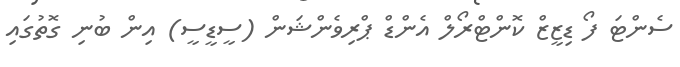
ސެންޓަ ފޯ ޑިޒީޒް ކޮންޓްރޯލް އެންޑް ޕްރިވެންޝަން (ސީޑީސީ) އިން ބުނި ގޮތުގައި